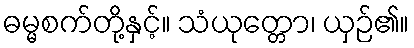
ဓမ္မစက်တို့နှင့်။ သံယုတ္တော၊ ယှဉ်၏။